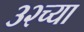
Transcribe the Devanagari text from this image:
३२च्या